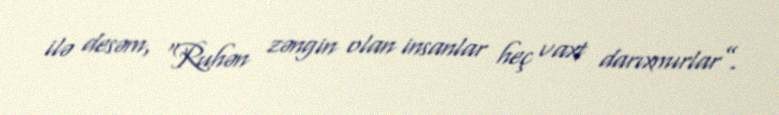
ilə desəm, “Ruhən zəngin olan insanlar heç vaxt darıxmırlar”.